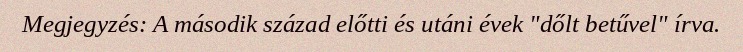
Megjegyzés: A második század előtti és utáni évek "dőlt betűvel" írva.